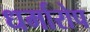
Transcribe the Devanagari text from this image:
धर्मारोप